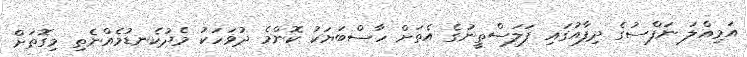
އަމިއްލަ ނަފްސުގެ ދިފާއުގައި ފަލަސްތީނުގެ އެތަށް ހާސްބަޔަކު ކޮންމެ ދުވަހަކު މެދުކެނޑުމެއްނެތި މިގޮތަށް